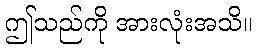
ဤသည်ကို အားလုံးအသိ။